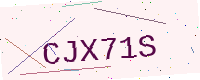
Text: CJX71S